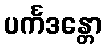
ပင်္ကဒန္တော